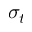
\sigma _ { t }